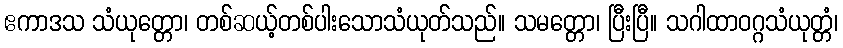
ဧကာဒသ သံယုတ္တော၊ တစ်ဆယ့်တစ်ပါးသောသံယုတ်သည်။ သမတ္တော၊ ပြီးပြီ။ သဂါထာဝဂ္ဂသံယုတ္တံ၊